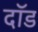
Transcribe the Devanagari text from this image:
दॉड